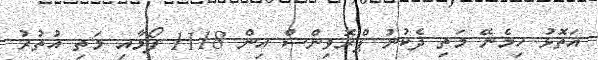
އަތޮޅު ހިމެނޭ މަތި ދެކުނު ޕްރޮވިންސް އިން 1118 ފޯމާއި މަތި އުތުރު